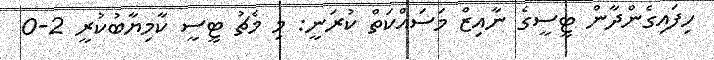
ހިފައިގެންދާން ޓީސީގެ ނާއިޒް މަސައްކަތް ކުރަނީ: މި މެޗު ޓީސީ ކާމިޔާބުކުރީ 2-0